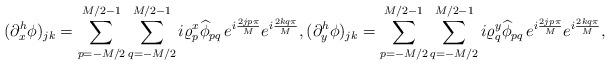
LaTeX: \begin{align*}& (\partial_{x}^{h}\phi)_{jk}=\sum_{p=-M/2}^{M/2-1} \sum_{q=-M/2}^{M/2-1} i\varrho^{x}_{p} \widehat{\phi}_{pq}\, e^{i \frac{2j p \pi}{M}} e^{i \frac{2k q \pi}{M}}, (\partial_{y}^{h}\phi)_{jk}=\sum_{p=-M/2}^{M/2-1} \sum_{q=-M/2}^{M/2-1} i\varrho^{y}_{q} \widehat{\phi}_{pq}\, e^{i \frac{2j p \pi}{M}} e^{i \frac{2k q \pi}{M}},\end{align*}